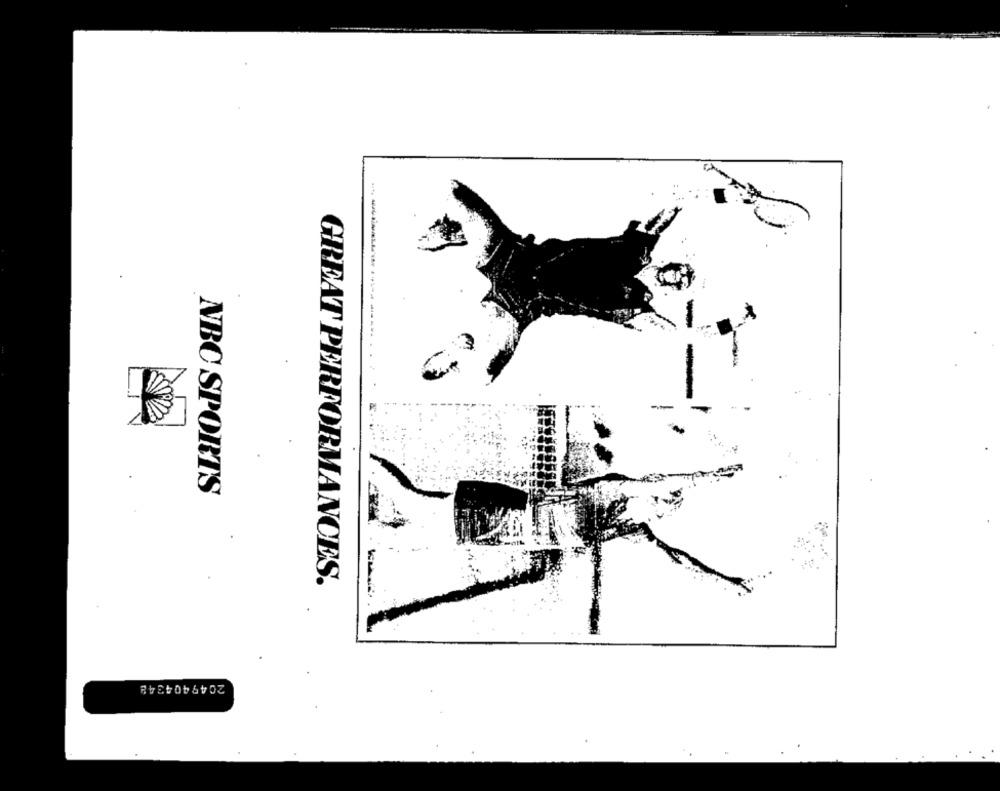
NBC SPORTS
GREAT PERFORMANCES.
2049404348